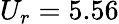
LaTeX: U_{r}=5.56